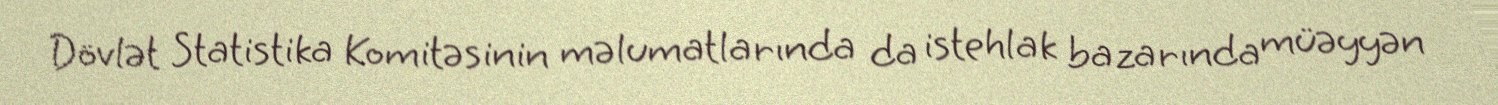
Dövlət Statistika Komitəsinin məlumatlarında da istehlak bazarında müəyyən